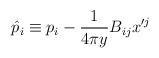
LaTeX: \begin{align*}\hat{p}_i \equiv p_i-{1 \over 4\pi y} B_{ij} x'^j\end{align*}